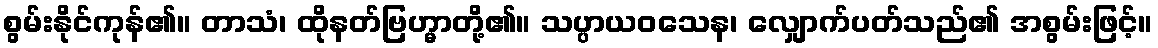
စွမ်းနိုင်ကုန်၏။ တာသံ၊ ထိုနတ်ဗြဟ္မာတို့၏။ သပ္ပာယဝသေန၊ လျှောက်ပတ်သည်၏ အစွမ်းဖြင့်။